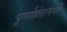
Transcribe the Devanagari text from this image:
पूर्णाहंतामयी